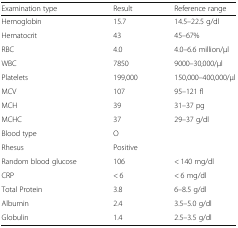
| Examination type | Result | Reference range |
 | --- | --- | --- |
 | Hemoglobin | 15.7 | 14.5–22.5 g/dl |
 | Hematocrit | 43 | 45–67% |
 | RBC | 4.0 | 4.0–6.6 million/μl |
 | WBC | 7850 | 9000–30,000/μl |
 | Platelets | 199,000 | 150,000–400,000/μl |
 | MCV | 107 | 95–121 fl |
 | MCH | 39 | 31–37 pg |
 | MCHC | 37 | 29–37 g/dl |
 | Blood type | O |  |
 | Rhesus | Positive |  |
 | Random blood glucose | 106 | < 140 mg/dl |
 | CRP | < 6 | < 6 mg/dl |
 | Total Protein | 3.8 | 6–8.5 g/dl |
 | Albumin | 2.4 | 3.5–5.0 g/dl |
 | Globulin | 1.4 | 2.5–3.5 g/dl |